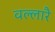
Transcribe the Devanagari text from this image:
वल्लारै